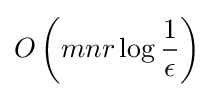
O\left(mnr\log {\frac {1}{\epsilon }}\right)